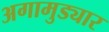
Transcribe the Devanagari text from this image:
अगामुड्यार